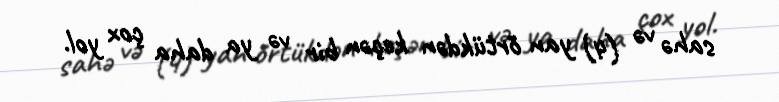
sahə və (4) yan örtükdən keçən bir və ya daha çox yol.